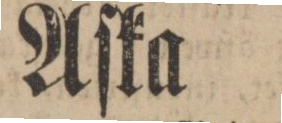
Aſka